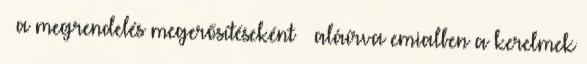
– a megrendelés megerősítéseként – aláírva emialben a kerelmek